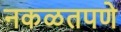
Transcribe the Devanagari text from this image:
नकळतपणे